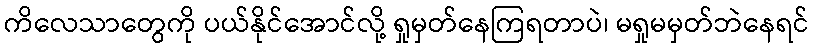
ကိလေသာတွေကို ပယ်နိုင်အောင်လို့ ရှုမှတ်နေကြရတာပဲ၊ မရှုမမှတ်ဘဲနေရင်